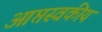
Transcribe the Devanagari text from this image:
आप्तस्वकीय